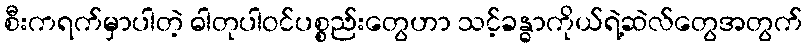
စီးကရက်မှာပါတဲ့ ဓါတုပါဝင်ပစ္စည်းတွေဟာ သင့်ခန္ဓာကိုယ်ရဲ့ဆဲလ်တွေအတွက်